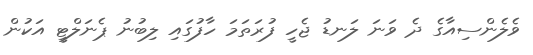
ވެލެންސިއާގެ ދެ ވަނަ ލަނޑު ޖެހީ ފުރަތަމަ ހާފުގައި ލިބުނު ޕެނަލްޓީ އަކުން